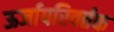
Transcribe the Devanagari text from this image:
ऊर्जापरिवर्तक